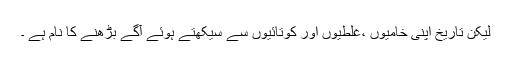
لیکن تاریخ اپنی خامیوں ،غلطیوں اور کوتائیوں سے سیکھتے ہوئے آگے بڑھنے کا نام ہے ۔